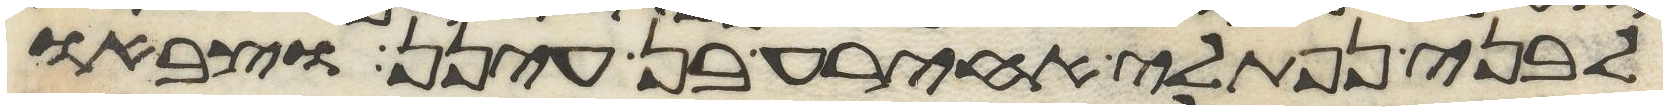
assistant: לבני נפתלי אחירע בן עינן וצבאו